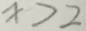
x > 2